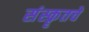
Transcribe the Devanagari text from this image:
संस्कॄतचे